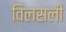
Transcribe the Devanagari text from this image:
विलसली